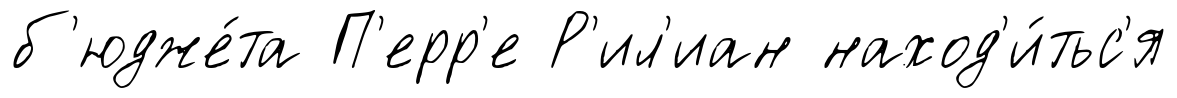
б'юдже́та П'ерр'е Р'ил'иан наход'и́тьс'я